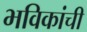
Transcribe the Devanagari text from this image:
भविकांची